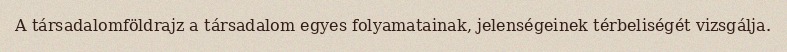
A társadalomföldrajz a társadalom egyes folyamatainak, jelenségeinek térbeliségét vizsgálja.